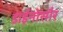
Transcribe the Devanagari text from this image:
डाईनोसौर